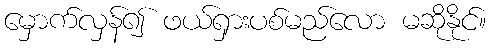
မှောက်လှန်၍ ဖယ်ရှားပစ်မည်လော မဆိုနိုင်။